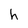
Character: h